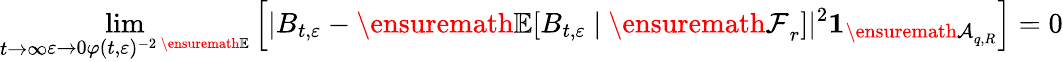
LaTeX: \operatorname*{lim}_{\substack{t\to\infty}{\varepsilon\to 0}\varphi(t,\varepsilon)^{-2\, \ensuremath{\mathbb E}}}\left[|B_{t,\varepsilon}-{\ensuremath{\mathbb E}}[B_{t,\varepsilon}\ |\ {\ensuremath{\mathcal F}}_{r}]|^{2}\mathbf{1}_{{\ensuremath{\mathcal A}}_{q,R}}\right]=0